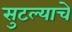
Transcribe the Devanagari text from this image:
सुटल्याचे